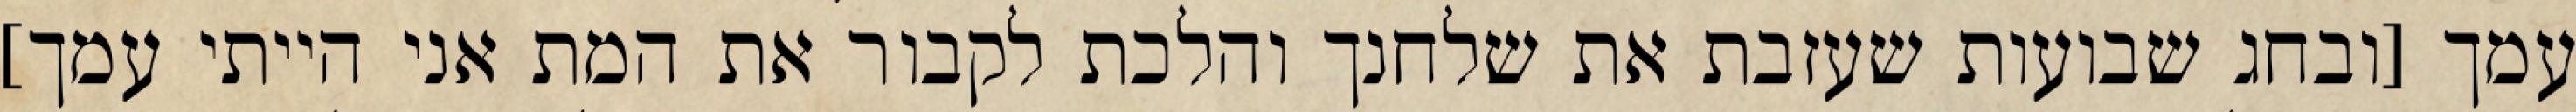
עמך [ובחג שבועות שעזבת את שלחנך והלכת לקבור את המת אני הייתי עמך]